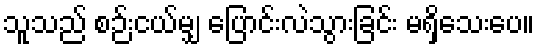
သူသည် စဉ်းငယ်မျှ ပြောင်းလဲသွားခြင်း မရှိသေးပေ။